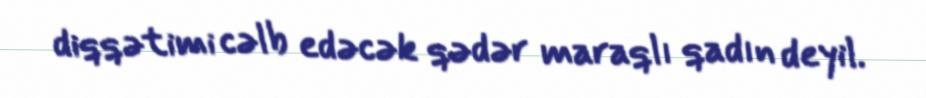
diqqətimi cəlb edəcək qədər maraqlı qadın deyil.